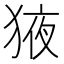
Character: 𭸕